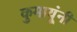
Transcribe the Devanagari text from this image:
कुमायूंनी